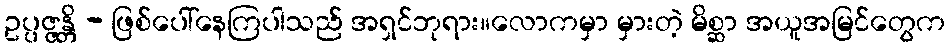
ဥပ္ပဇ္ဇန္တိ - ဖြစ်ပေါ်နေကြပါသည် အရှင်ဘုရား။လောကမှာ မှားတဲ့ မိစ္ဆာ အယူအမြင်တွေက